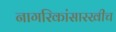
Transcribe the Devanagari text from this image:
नागरिकांसारखीच